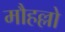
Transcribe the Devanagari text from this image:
मौहल्लो